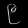
Digit: ၉